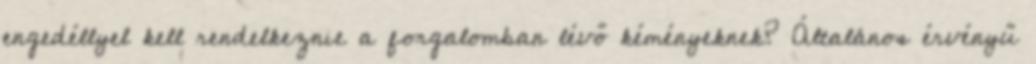
engedéllyel kell rendelkeznie a forgalomban lévő kéményeknek? Általános érvényű